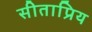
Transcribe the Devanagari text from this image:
सीताप्रिय